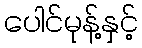
ပေါင်မုန့်နှင့်